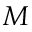
M